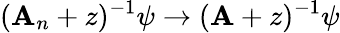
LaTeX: (\mathbf{A}_{n}+z)^{-1}\psi\rightarrow(\mathbf{A}+z)^{-1}\psi